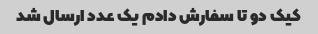
کیک دو تا سفارش دادم یک عدد ارسال شد